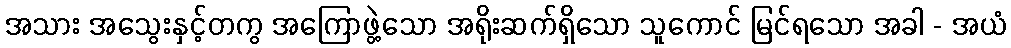
အသား အသွေးနှင့်တကွ အကြောဖွဲ့သော အရိုးဆက်ရှိသော သူကောင် မြင်ရသော အခါ - အယံ